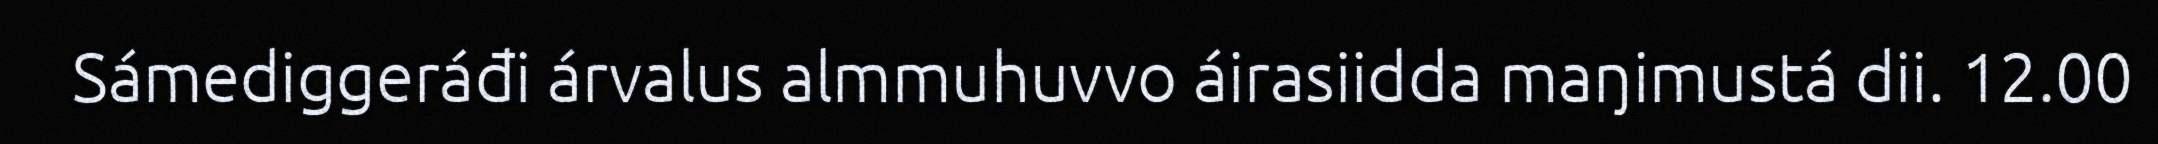
Sámediggeráđi árvalus almmuhuvvo áirasiidda maŋimustá dii. 12.00